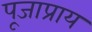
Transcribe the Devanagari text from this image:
पूजाप्राय